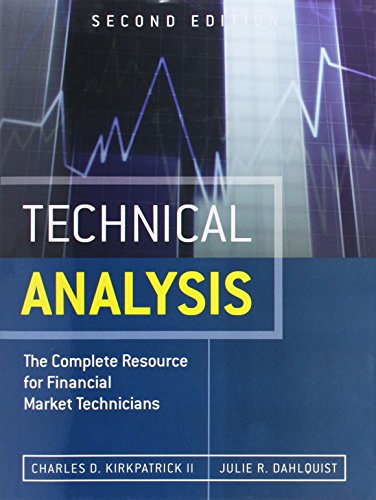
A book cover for Technical Analysis: The Complete Resource for Financial Market Technicians (2nd Edition); Charles D. Kirkpatrick II; Business & Money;